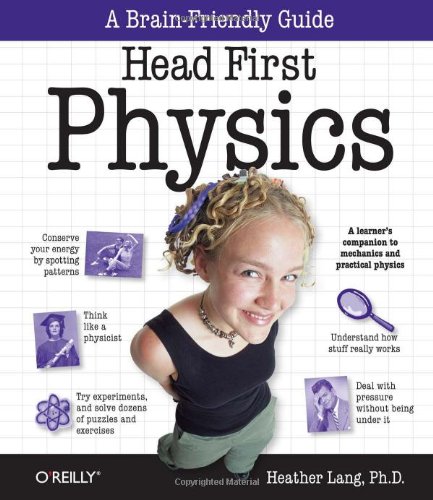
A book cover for Head First Physics: A learner's companion to mechanics and practical physics (AP Physics B - Advanced Placement); Heather Lang; Science & Math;